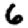
Digit: 6